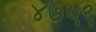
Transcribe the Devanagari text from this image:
४७५९